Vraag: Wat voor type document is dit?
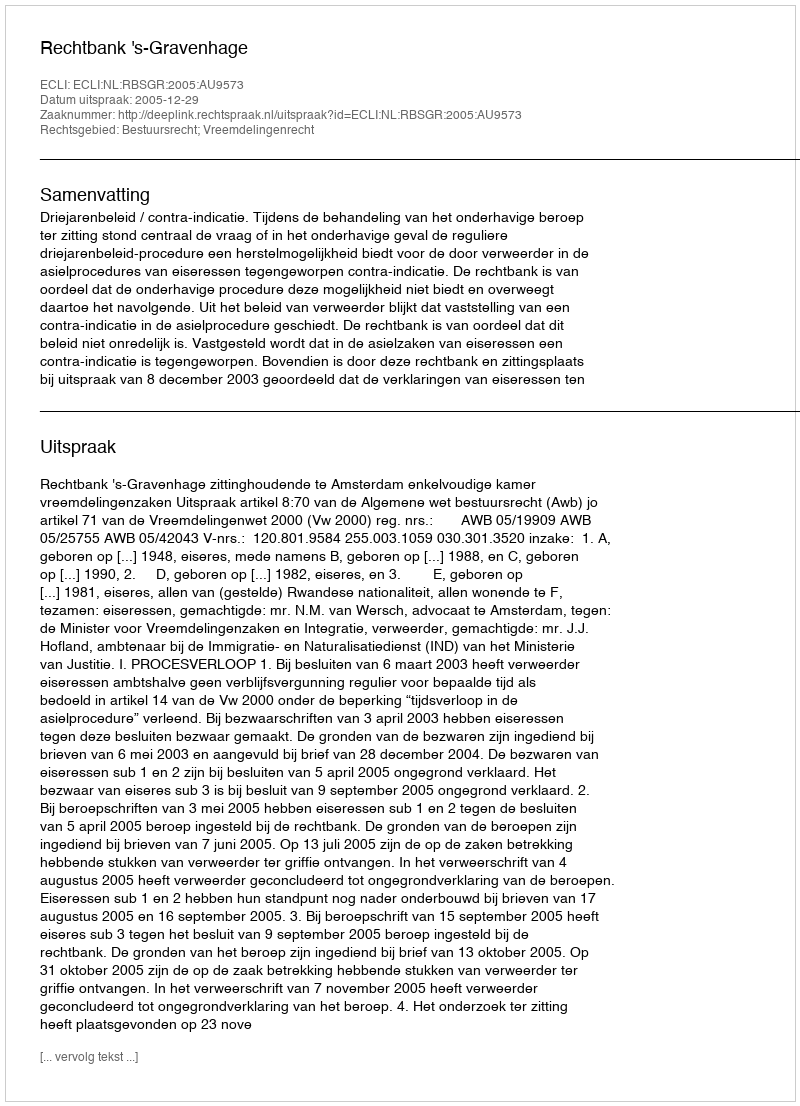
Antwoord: Uitspraak